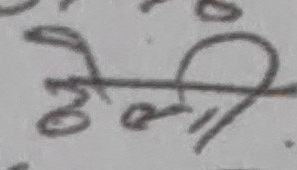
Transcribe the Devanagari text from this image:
ठेली